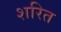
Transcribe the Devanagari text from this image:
शरित